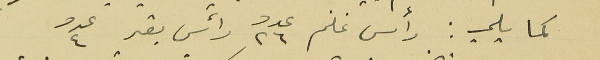
كما يلي: رأس غنم عدد ٢٦ رأس بقر عدد ٤